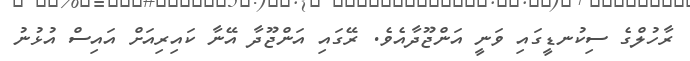
ރާހުލްގެ ސިކުނޑީގައި ވަނީ އަންޖޫދާއެވެ. ރޭގައި އަންޖޫދާ އޭނާ ކައިރިއަށް އައިސް އުޅުނު